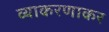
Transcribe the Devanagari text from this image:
व्याकरणाकर